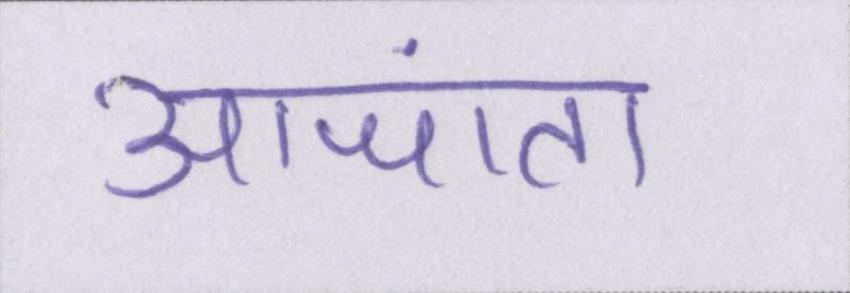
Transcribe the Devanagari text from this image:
आजा॑ता